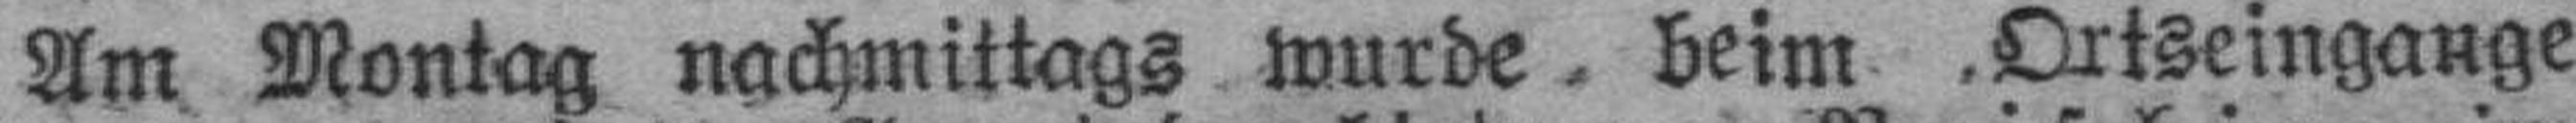
Am Montag nachmittags wurde beim Ortseingange